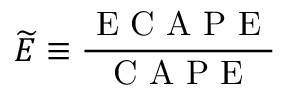
\widetilde { E } \equiv \frac { \mathrm { ~ E ~ C ~ A ~ P ~ E ~ } } { \mathrm { ~ C ~ A ~ P ~ E ~ } }